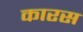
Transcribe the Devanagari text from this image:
कारस